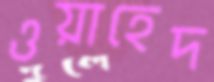
ওয়াহেদ